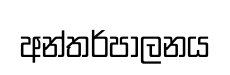
අන්තර්පාලනය